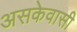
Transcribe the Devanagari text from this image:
असकेवासी